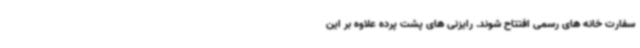
سفارت خانه های رسمی افتتاح شوند. رایزنی های پشت پرده علاوه بر این